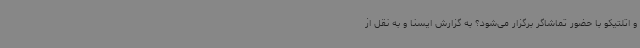
و اتلتیکو با حضور تماشاگر برگزار می‌شود؟ به گزارش ایسنا و به نقل از